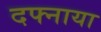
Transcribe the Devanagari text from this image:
दफ्नाया